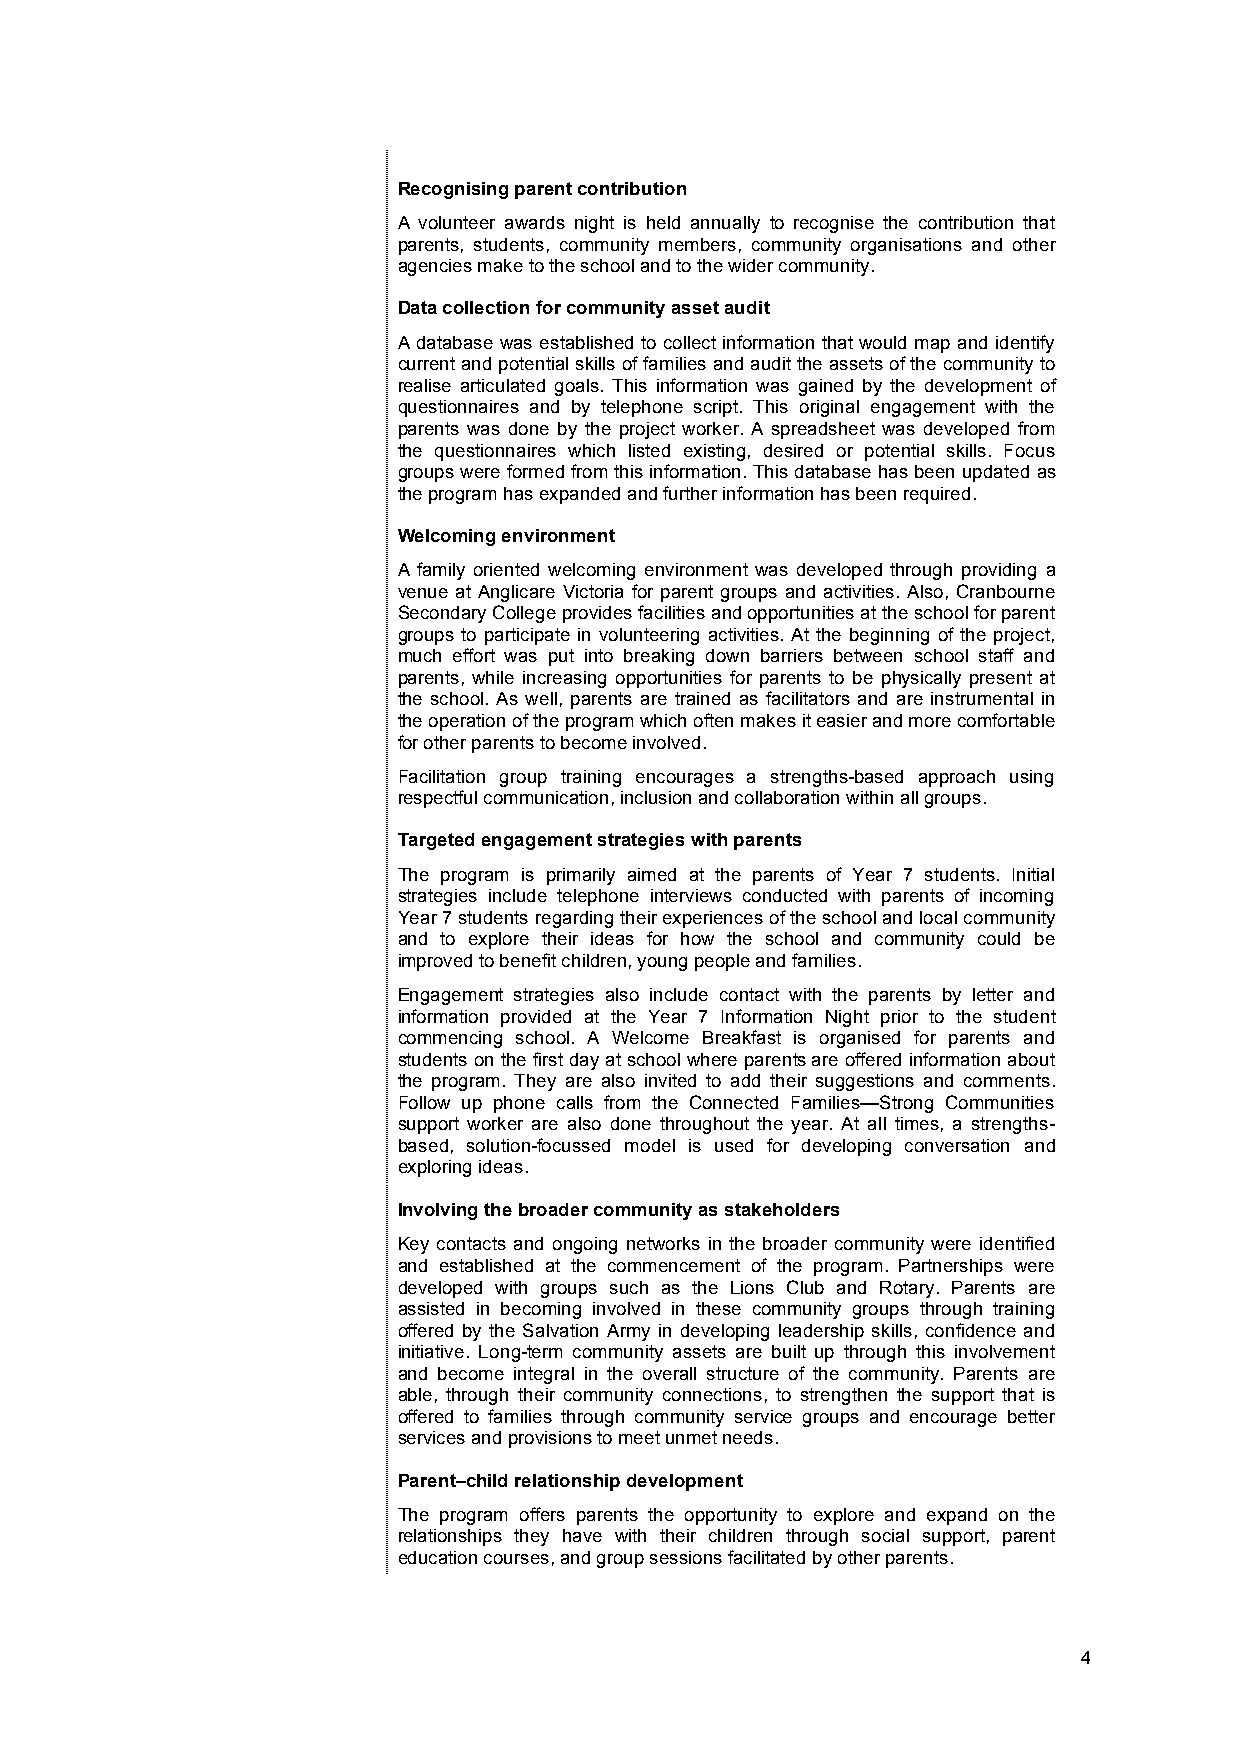
Recognising parent contribution
 A volunteer awards night is held annually to recognise the contribution that
 parents, students, community members, community organisations and other
 agencies make to the school and to the wider community.
 Data collection for community asset audit
 A database was established to collect information that would map and identify
 current and potential skills of families and audit the assets of the community to
 realise articulated goals. This information was gained by the development of
 questionnaires and by telephone script. This original engagement with the
 parents was done by the project worker. A spreadsheet was developed from
 the questionnaires which listed existing, desired or potential skills. Focus
 groups were formed from this information. This database has been updated as
 the program has expanded and further information has been required.
 Welcoming environment
 A family oriented welcoming environment was developed through providing a
 venue at Anglicare Victoria for parent groups and activities. Also, Cranbourne
 Secondary College provides facilities and opportunities at the school for parent
 groups to participate in volunteering activities. At the beginning of the project,
 much effort was put into breaking down barriers between school staff and
 parents, while increasing opportunities for parents to be physically present at
 the school. As well, parents are trained as facilitators and are instrumental in
 the operation of the program which often makes it easier and more comfortable
 for other parents to become involved.
 Facilitation group training encourages a strengths-based approach using
 respectful communication, inclusion and collaboration within all groups.
 Targeted engagement strategies with parents
 The program is primarily aimed at the parents of Year 7 students. Initial
 strategies include telephone interviews conducted with parents of incoming
 Year 7 students regarding their experiences of the school and local community
 and to explore their ideas for how the school and community could be
 improved to benefit children, young people and families.
 Engagement strategies also include contact with the parents by letter and
 information provided at the Year 7 Information Night prior to the student
 commencing school. A Welcome Breakfast is organised for parents and
 students on the first day at school where parents are offered information about
 the program. They are also invited to add their suggestions and comments.
 Follow up phone calls from the Connected Families—Strong Communities
 support worker are also done throughout the year. At all times, a strengths-
 based, solution-focussed model is used for developing conversation and
 exploring ideas.
 Involving the broader community as stakeholders
 Key contacts and ongoing networks in the broader community were identified
 and established at the commencement of the program. Partnerships were
 developed with groups such as the Lions Club and Rotary. Parents are
 assisted in becoming involved in these community groups through training
 offered by the Salvation Army in developing leadership skills, confidence and
 initiative. Long-term community assets are built up through this involvement
 and become integral in the overall structure of the community. Parents are
 able, through their community connections, to strengthen the support that is
 offered to families through community service groups and encourage better
 services and provisions to meet unmet needs.
 Parent–child relationship development
 The program offers parents the opportunity to explore and expand on the
 relationships they have with their children through social support, parent
 education courses, and group sessions facilitated by other parents.
 4